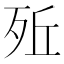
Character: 𣧭